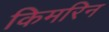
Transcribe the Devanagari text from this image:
किमरिन